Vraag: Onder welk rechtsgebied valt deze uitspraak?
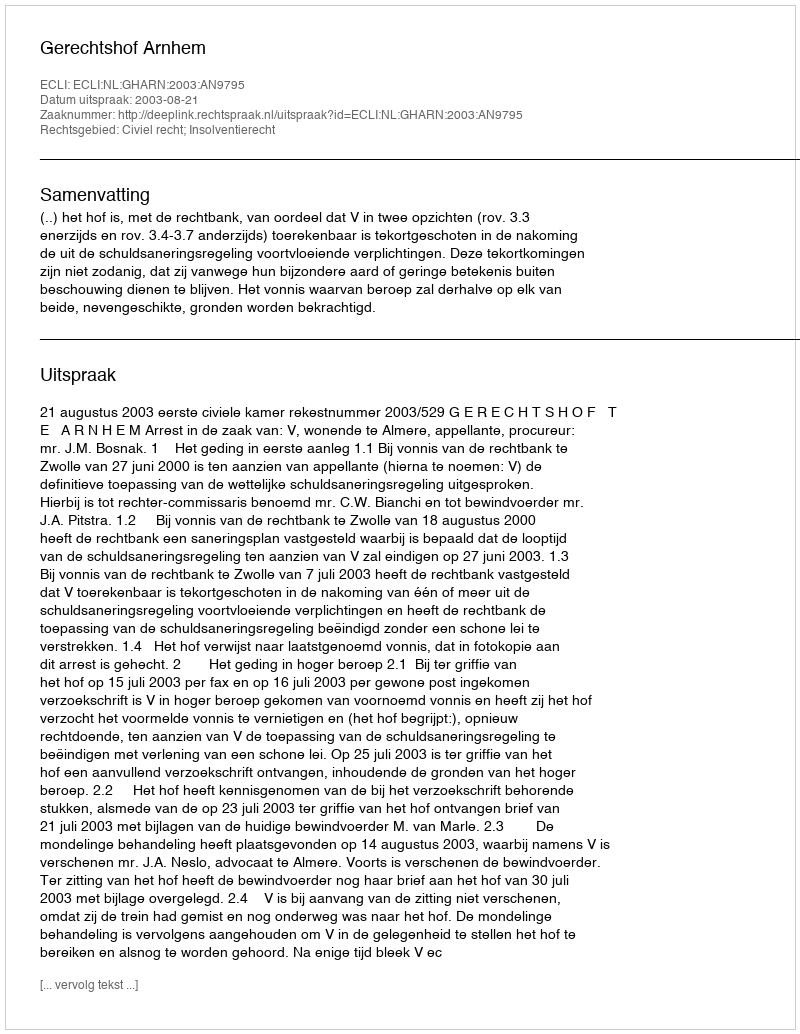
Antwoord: Civiel recht; Insolventierecht